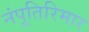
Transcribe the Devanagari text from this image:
नंपूतिरिमार